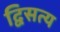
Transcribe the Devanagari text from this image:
द्विसत्य